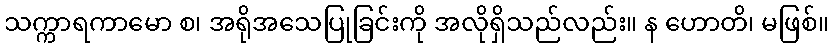
သက္ကာရကာမော စ၊ အရိုအသေပြုခြင်းကို အလိုရှိသည်လည်း။ န ဟောတိ၊ မဖြစ်။